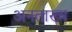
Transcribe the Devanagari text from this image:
अनताख्य